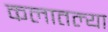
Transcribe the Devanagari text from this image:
कलातल्या